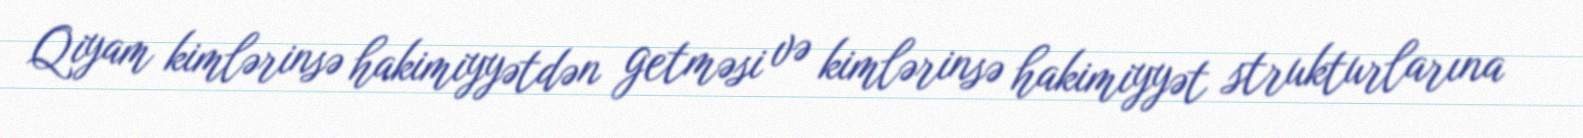
Qiyam kimlərinsə hakimiyyətdən getməsi və kimlərinsə hakimiyyət strukturlarına